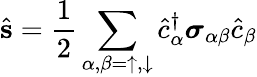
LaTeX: \hat{{\mathbf s}}=\frac{1}{2}\sum_{\alpha,\beta=\uparrow,\downarrow}\hat{c}_{\alpha}^{\dagger}\boldsymbol{\sigma}_{\alpha\beta}\hat{c}_{\beta}